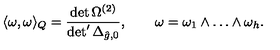
\langle \omega , \omega \rangle _ { Q } = { \frac { \det \Omega ^ { ( 2 ) } } { \det ^ { \prime } \Delta _ { \hat { g } , 0 } } } , \qquad \omega = \omega _ { 1 } \wedge \ldots \wedge \omega _ { h } .